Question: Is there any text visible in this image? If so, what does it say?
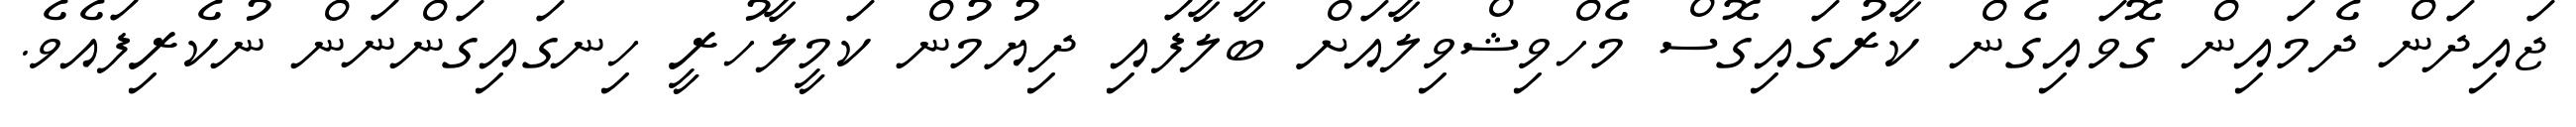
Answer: ޖައިދަން ދެމައިން ގޮވައިގެން ކާރުގައިގޮސް މެހްވިޝްވިލާއަށް ބާލާފައި ދިޔުމުން ކަމީލާހުރީ ހިނގައިގަންނަން ނުކެރިފައެވެ.